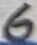
Text: 6